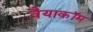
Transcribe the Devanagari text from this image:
वैयाकॉम